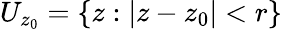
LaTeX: U_{z_{0}}=\{ z:|z-z_{0}|<r\}